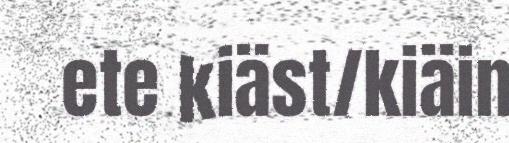
ete kiäst/kiäin